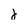
Character: j